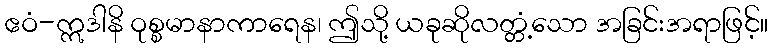
ဧဝံ-ဣဒါနိ ဝုစ္စမာနာကာရေန၊ ဤသို့ ယခုဆိုလတ္တံ့သော အခြင်းအရာဖြင့်။